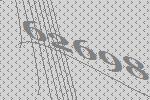
62698